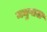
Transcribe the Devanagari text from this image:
मधुपाल